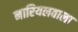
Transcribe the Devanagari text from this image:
नारियलवाला